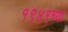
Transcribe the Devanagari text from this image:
१९४९च्या